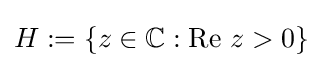
H:=\{z\in \mathbb {C} :\operatorname {Re} \,z>0\}